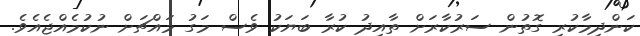
ކަންދިމާކުރި ގޮތުން ސަރުކާރަށް ތާއިދު ކުރާ ބަޔަކު ވެސް މަގު މައްްޗަށް ނުކުމެއްޖެއެވެ.